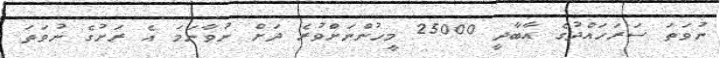
ނުވަތަ ސަރަހައްދުގެ އާބާދީ 25000 މީހުންނަށްވުރެ ދަށް ނުވާނަމަ އެ ރަށުގެ ނުވަތަ